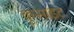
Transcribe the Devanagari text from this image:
क्रुसाइट